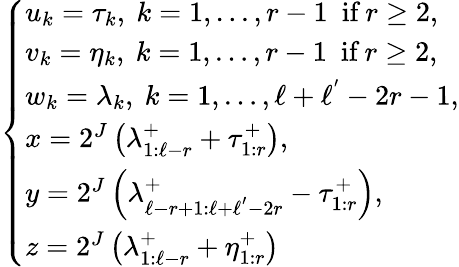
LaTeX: \begin{array}{r}{\left\{ \begin{array}{l}{u_{k}=\tau_{k},\ k=1,\ldots,r-1\ \ \textup{if}\ r\geq 2,}\\ {v_{k}=\eta_{k},\ k=1,\ldots,r-1\ \ \textup{if}\ r\geq 2,}\\ {w_{k}=\lambda_{k},\ k=1,\ldots,\ell+\ell^{'}-2r-1,}\\ {x=2^{J}\left(\lambda_{1:\ell-r}^{+}+\tau_{1:r}^{+}\right),}\\ {y=2^{J}\left(\lambda_{\ell-r+1:\ell+\ell^{'}-2r}^{+}-\tau_{1:r}^{+}\right),}\\ {z=2^{J}\left(\lambda_{1:\ell-r}^{+}+\eta_{1:r}^{+}\right)}\end{array}\right.}\end{array}